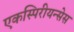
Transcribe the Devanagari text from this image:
एकस्पिरीयन्सेस